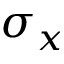
\sigma _ { x }